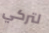
لتركي